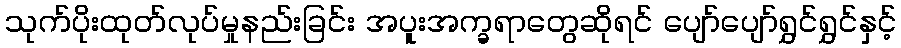
သုက်ပိုးထုတ်လုပ်မှုနည်းခြင်း အပူးအက္ခရာတွေဆိုရင် ပျော်ပျော်ရွှင်ရွှင်နှင့်